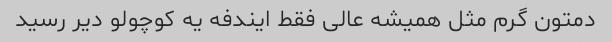
دمتون گرم مثل همیشه عالی فقط ایندفه یه کوچولو دیر رسید